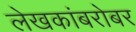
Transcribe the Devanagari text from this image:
लेखकांबरोबर